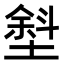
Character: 㙦